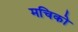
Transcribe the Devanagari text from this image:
मचिको